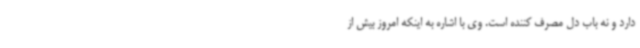
دارد و نه باب دل مصرف کننده است. وی با اشاره به اینکه امروز بیش از